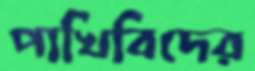
পাখিবিদের